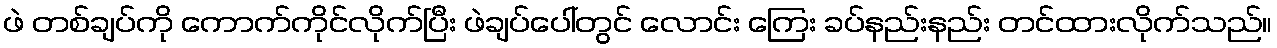
ဖဲ တစ်ချပ်ကို ကောက်ကိုင်လိုက်ပြီး ဖဲချပ်ပေါ်တွင် လောင်း ကြေး ခပ်နည်းနည်း တင်ထားလိုက်သည်။